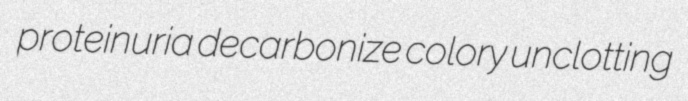
proteinuria decarbonize colory unclotting